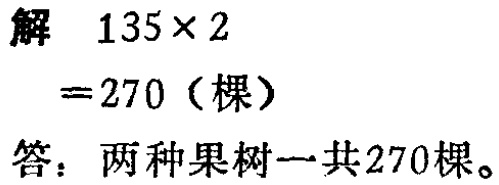
解 \(135\times 2\)

\(=270\)（棵）

答：两种果树一共270棵。